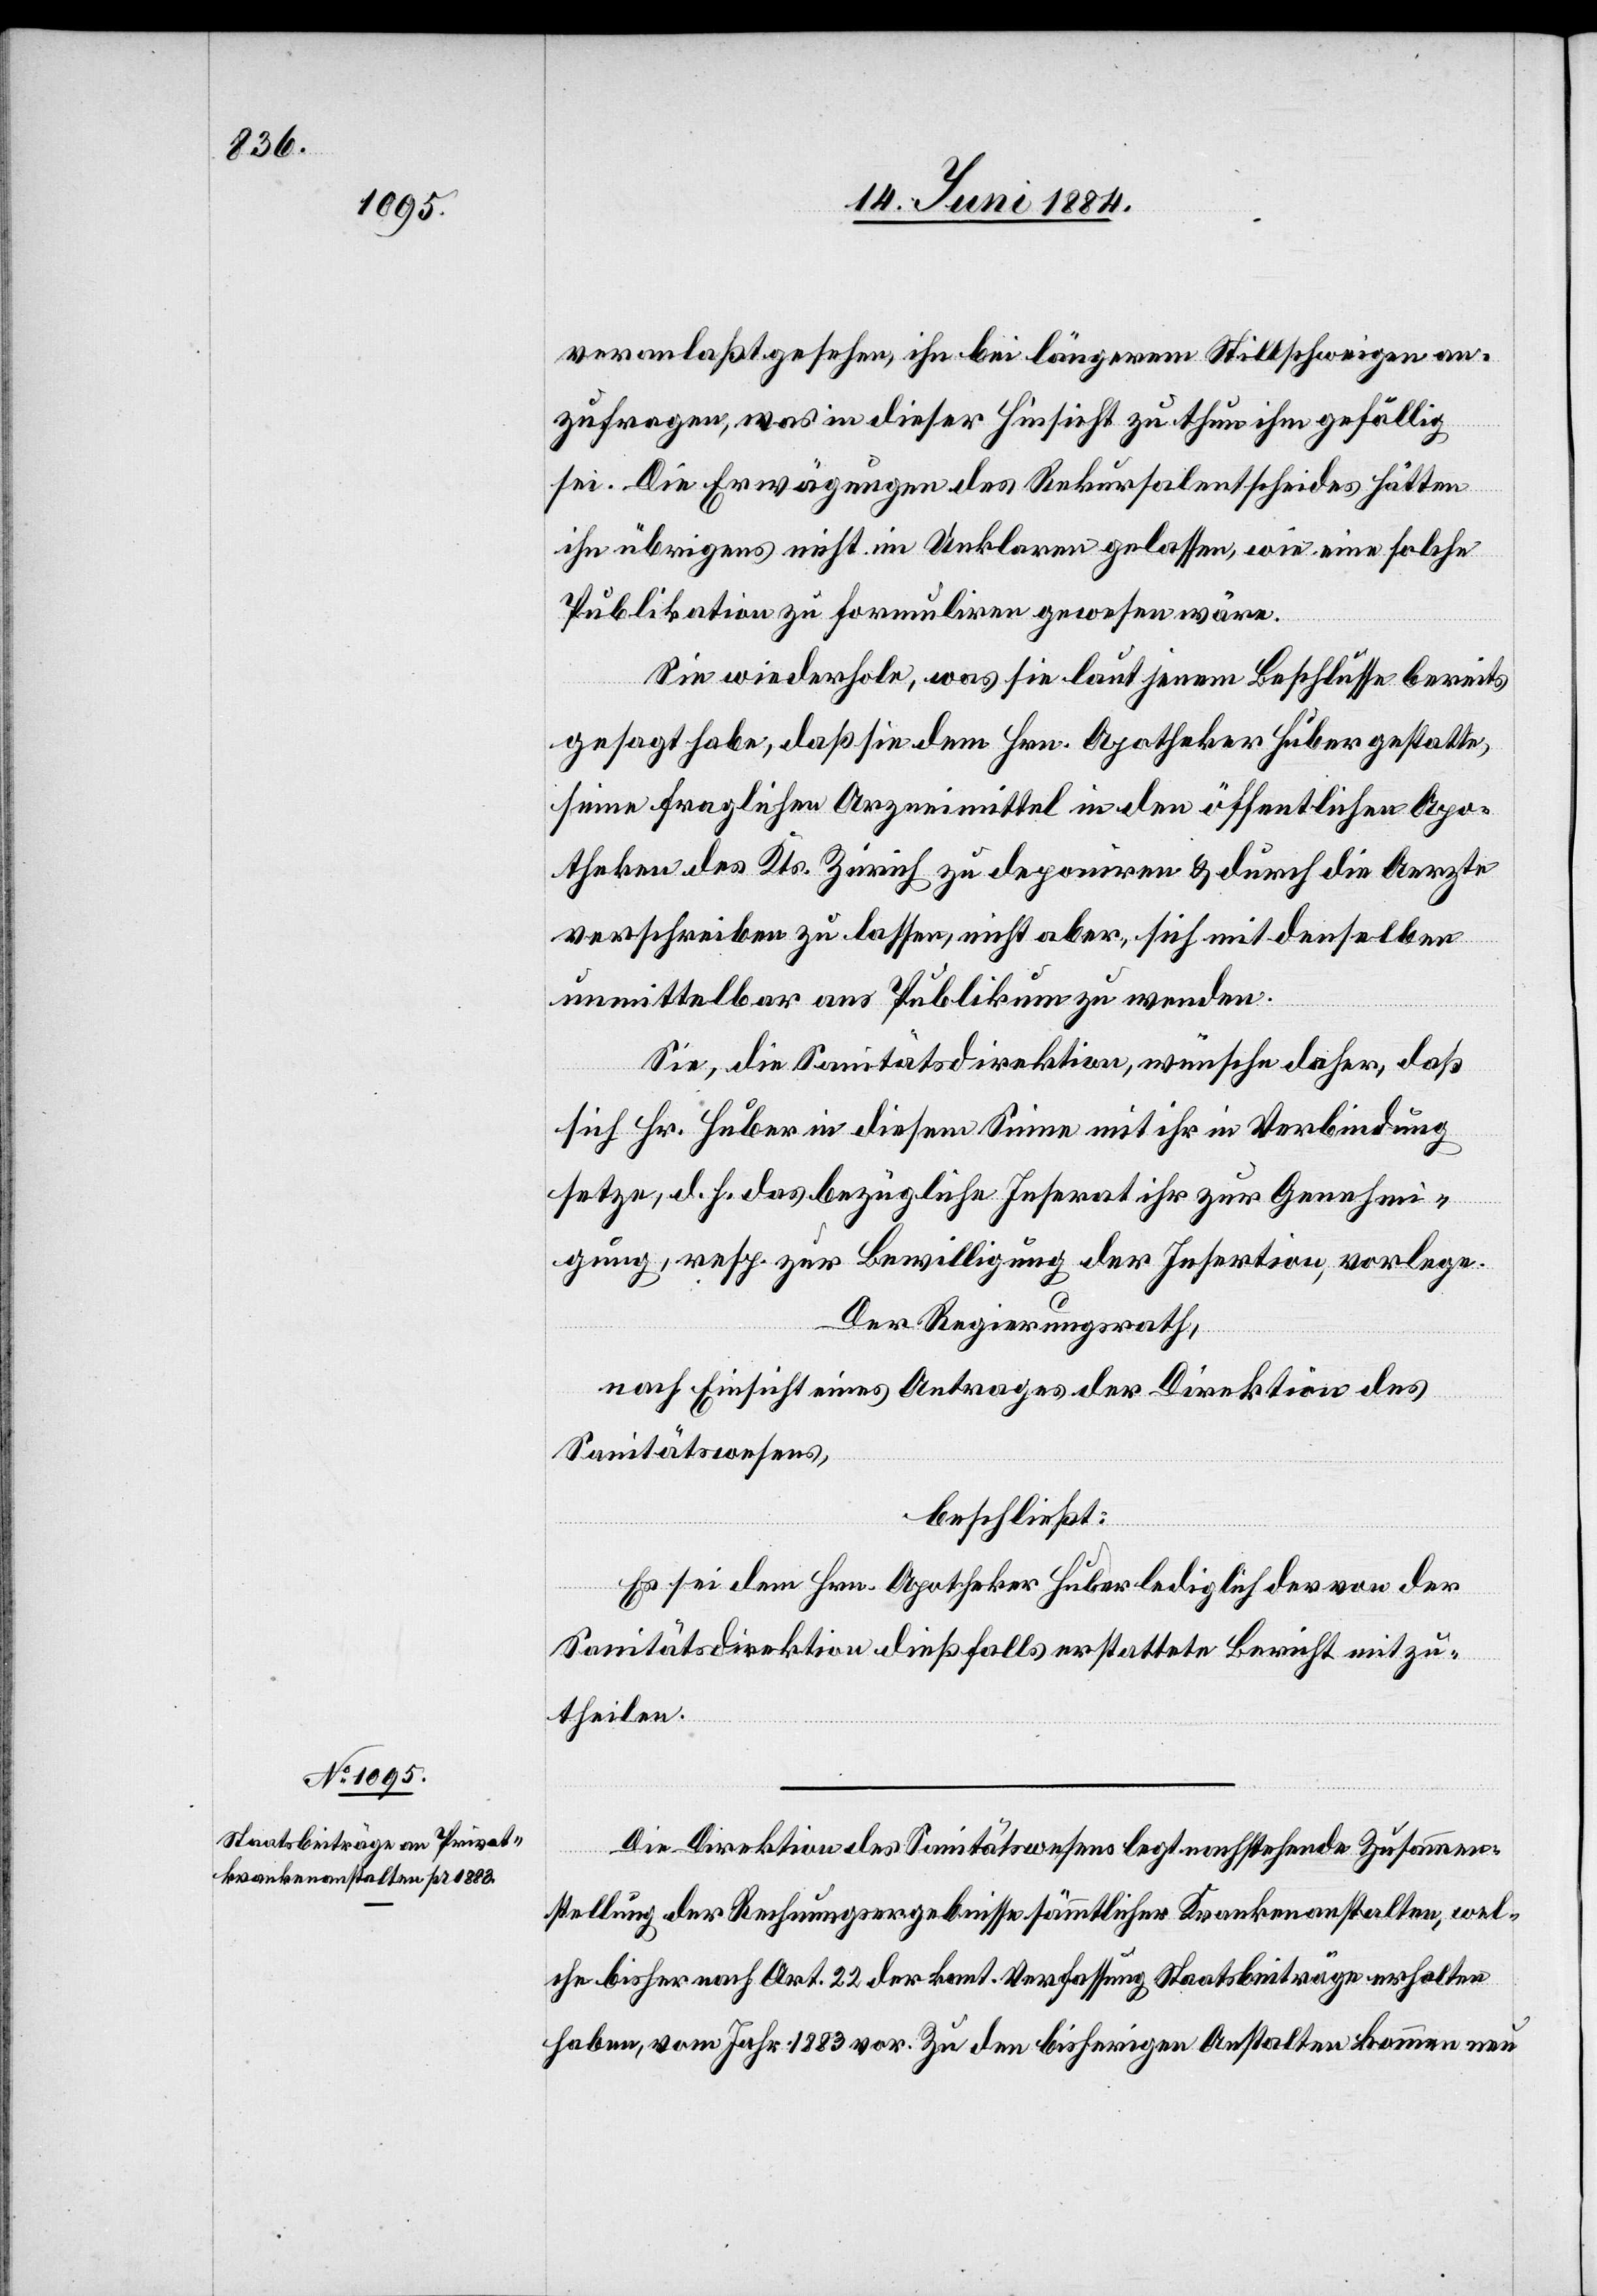
veranlaßt gesehen, ihn bei längerem Stillschweigen an¬
zufragen, was in dieser Hinsicht zu thun ihm gefällig
sei. Die Erwägungen des Rekursalentscheides hätten
ihn übrigens nicht im Unklaren gelassen, wie eine solche
Publikation zu formuliren gewesen wäre.
Sie wiederhole, was sie laut jenem Beschlusse bereits
gesagt habe, daß sie dem Hrn. Apotheker Huber gestatte,
seien fragliche Arzneimittel in den öffentlichen Apo¬
theken des Kts. Zürich zu deponiren & durch die Aerzte
verschreiben zu lassen, nicht aber, sich mit denselben
unmittelbar ans Publikum zu wenden.
Sie, die Sanitätsdirektion, wünsche daher, daß
sich Hr. Huber in diesem Sinne mit ihr in Verbindung
setze, d. h. das bezügliche Inserat ihr zu Genehmi¬
gung, resp. zur Bewilligung der Insertion, vorlege.
Der Regierungsrath,
nach Einsicht eines Antrages der Direktion des
Sanitätswesens,
beschließt:
Es sei dem Hrn. Apotheker Huber lediglich der von der
Sanitätsdirektion dießfalls erstattete Bericht mitzu¬
theilen.
Die Direktion des Sanitätswesens legte nachstehende Zusammen¬
stellung der Rechnungsergebnisse sämmtlicher Krankenanstalten, wel¬
che bisher nach Art. 22 der kant. Verfassung Staatsbeiträge erhalten
haben, vom Jahr 1883 vor. Zu den bisherigen Anstalten kommen neu